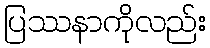
ပြဿနာကိုလည်း